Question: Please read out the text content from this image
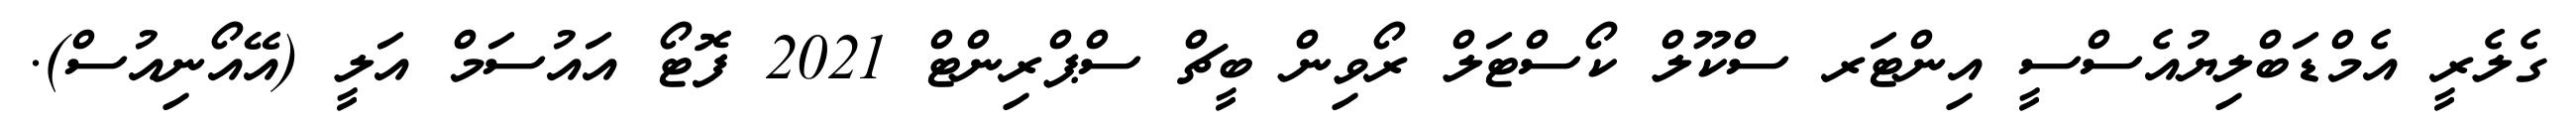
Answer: ގެލެރީ އެމްޑަބްލިޔުއެސްސީ އިންޓަރ ސްކޫލް ކޯސްޓަލް ރޯވިން ބީޗް ސްޕްރިންޓް 2021 ފޮޓޯ އައުސަމް އަލީ (އޭއޯނިއުސް).